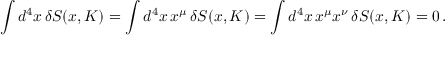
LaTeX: \int d ^ { 4 } x \, \delta S ( x , K ) = \int d ^ { 4 } x \, x ^ { \mu } \, \delta S ( x , K ) = \int d ^ { 4 } x \, x ^ { \mu } x ^ { \nu } \, \delta S ( x , K ) = 0 \, .